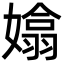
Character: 嬆